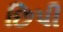
છિપી